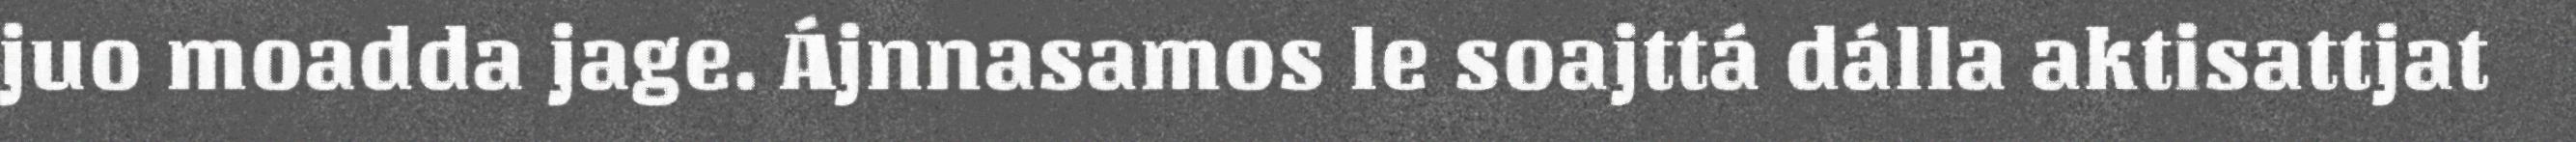
juo moadda jage. Ájnnasamos le soajttá dálla aktisattjat